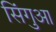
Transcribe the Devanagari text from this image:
सिंगुआ